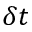
\delta t